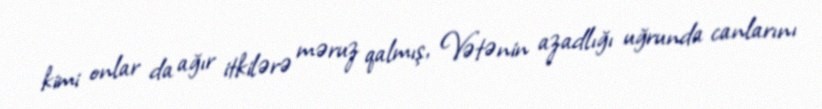
kimi onlar da ağır itkilərə məruz qalmış, Vətənin azadlığı uğrunda canlarını